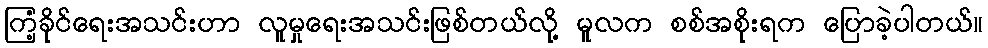
ကြံ့ခိုင်ရေးအသင်းဟာ လူမှုရေးအသင်းဖြစ်တယ်လို့ မူလက စစ်အစိုးရက ပြောခဲ့ပါတယ်။